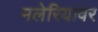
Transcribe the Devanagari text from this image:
मलेरियावर